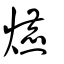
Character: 爊